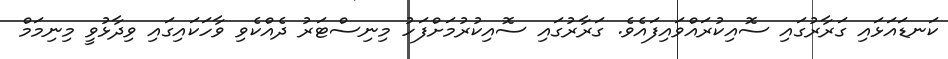
ކަނޑައަޅައި ގަރާރުގައި ސޮއިކުރައްވައިފައެވެ. ގަރާރުގައި ސޮއިކުރުމަށްފަހު މިނިސްޓަރު ދެއްކެވި ވާހަކައިގައި ވިދާޅުވީ މިނިމަމް